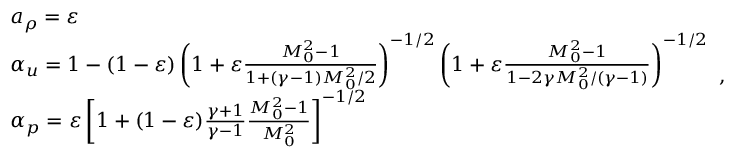
\begin{array} { r l } & { a _ { \rho } = \varepsilon } \\ & { \alpha _ { u } = 1 - ( 1 - \varepsilon ) \left( 1 + \varepsilon \frac { M _ { 0 } ^ { 2 } - 1 } { 1 + ( \gamma - 1 ) M _ { 0 } ^ { 2 } / 2 } \right) ^ { - 1 / 2 } \left( 1 + \varepsilon \frac { M _ { 0 } ^ { 2 } - 1 } { 1 - 2 \gamma M _ { 0 } ^ { 2 } / ( \gamma - 1 ) } \right) ^ { - 1 / 2 } } \\ & { \alpha _ { p } = \varepsilon \left[ 1 + ( 1 - \varepsilon ) \frac { \gamma + 1 } { \gamma - 1 } \frac { M _ { 0 } ^ { 2 } - 1 } { M _ { 0 } ^ { 2 } } \right] ^ { - 1 / 2 } } \end{array} ,